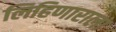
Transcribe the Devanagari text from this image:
लिहिणाराला